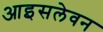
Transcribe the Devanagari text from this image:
आइसलेवन